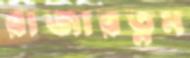
রাজারত্নম